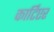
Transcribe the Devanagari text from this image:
कार्टिएर